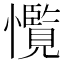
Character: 𢥊